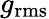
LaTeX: g_{\mathrm{rms}}